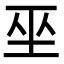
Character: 𭘆